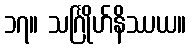
၁၇။ သင်္ဂြိုဟ်နိဿယ။